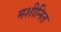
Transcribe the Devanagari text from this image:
मशीनित